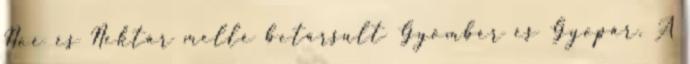
Noé és Nektár mellé betársult Gyömbér és Gyopár. A